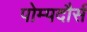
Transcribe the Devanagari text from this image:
पोम्पदौर्स